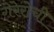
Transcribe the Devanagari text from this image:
गेरेरोची